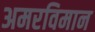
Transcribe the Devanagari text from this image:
अमरविमान